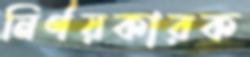
নির্ণয়কারক